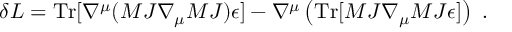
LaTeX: \delta { \cal L } = \mathrm { T r } [ \nabla ^ { \mu } ( { \cal M } J \nabla _ { \mu } { \cal M } J ) \epsilon ] - \nabla ^ { \mu } \left( \mathrm { T r } [ { \cal M } J \nabla _ { \mu } { \cal M } J \epsilon ] \right) \ .